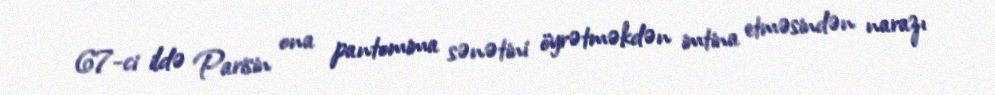
67-ci ildə Parisin ona pantomima sənətini öyrətməkdən imtina etməsindən narazı